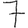
Digit: 7